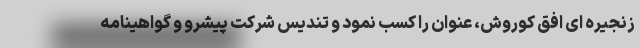
زنجیره ای افق کوروش، عنوان را کسب نمود و تندیس شرکت پیشرو و گواهینامه